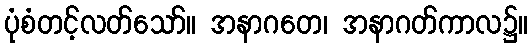
ပုံစံတင့်လတ်သော်။ အနာဂတေ၊ အနာဂတ်ကာလ၌။